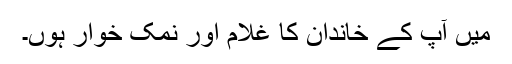
میں آپ کے خاندان کا غلام اور نمک خوار ہوں۔